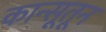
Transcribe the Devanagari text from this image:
कान्सूतून